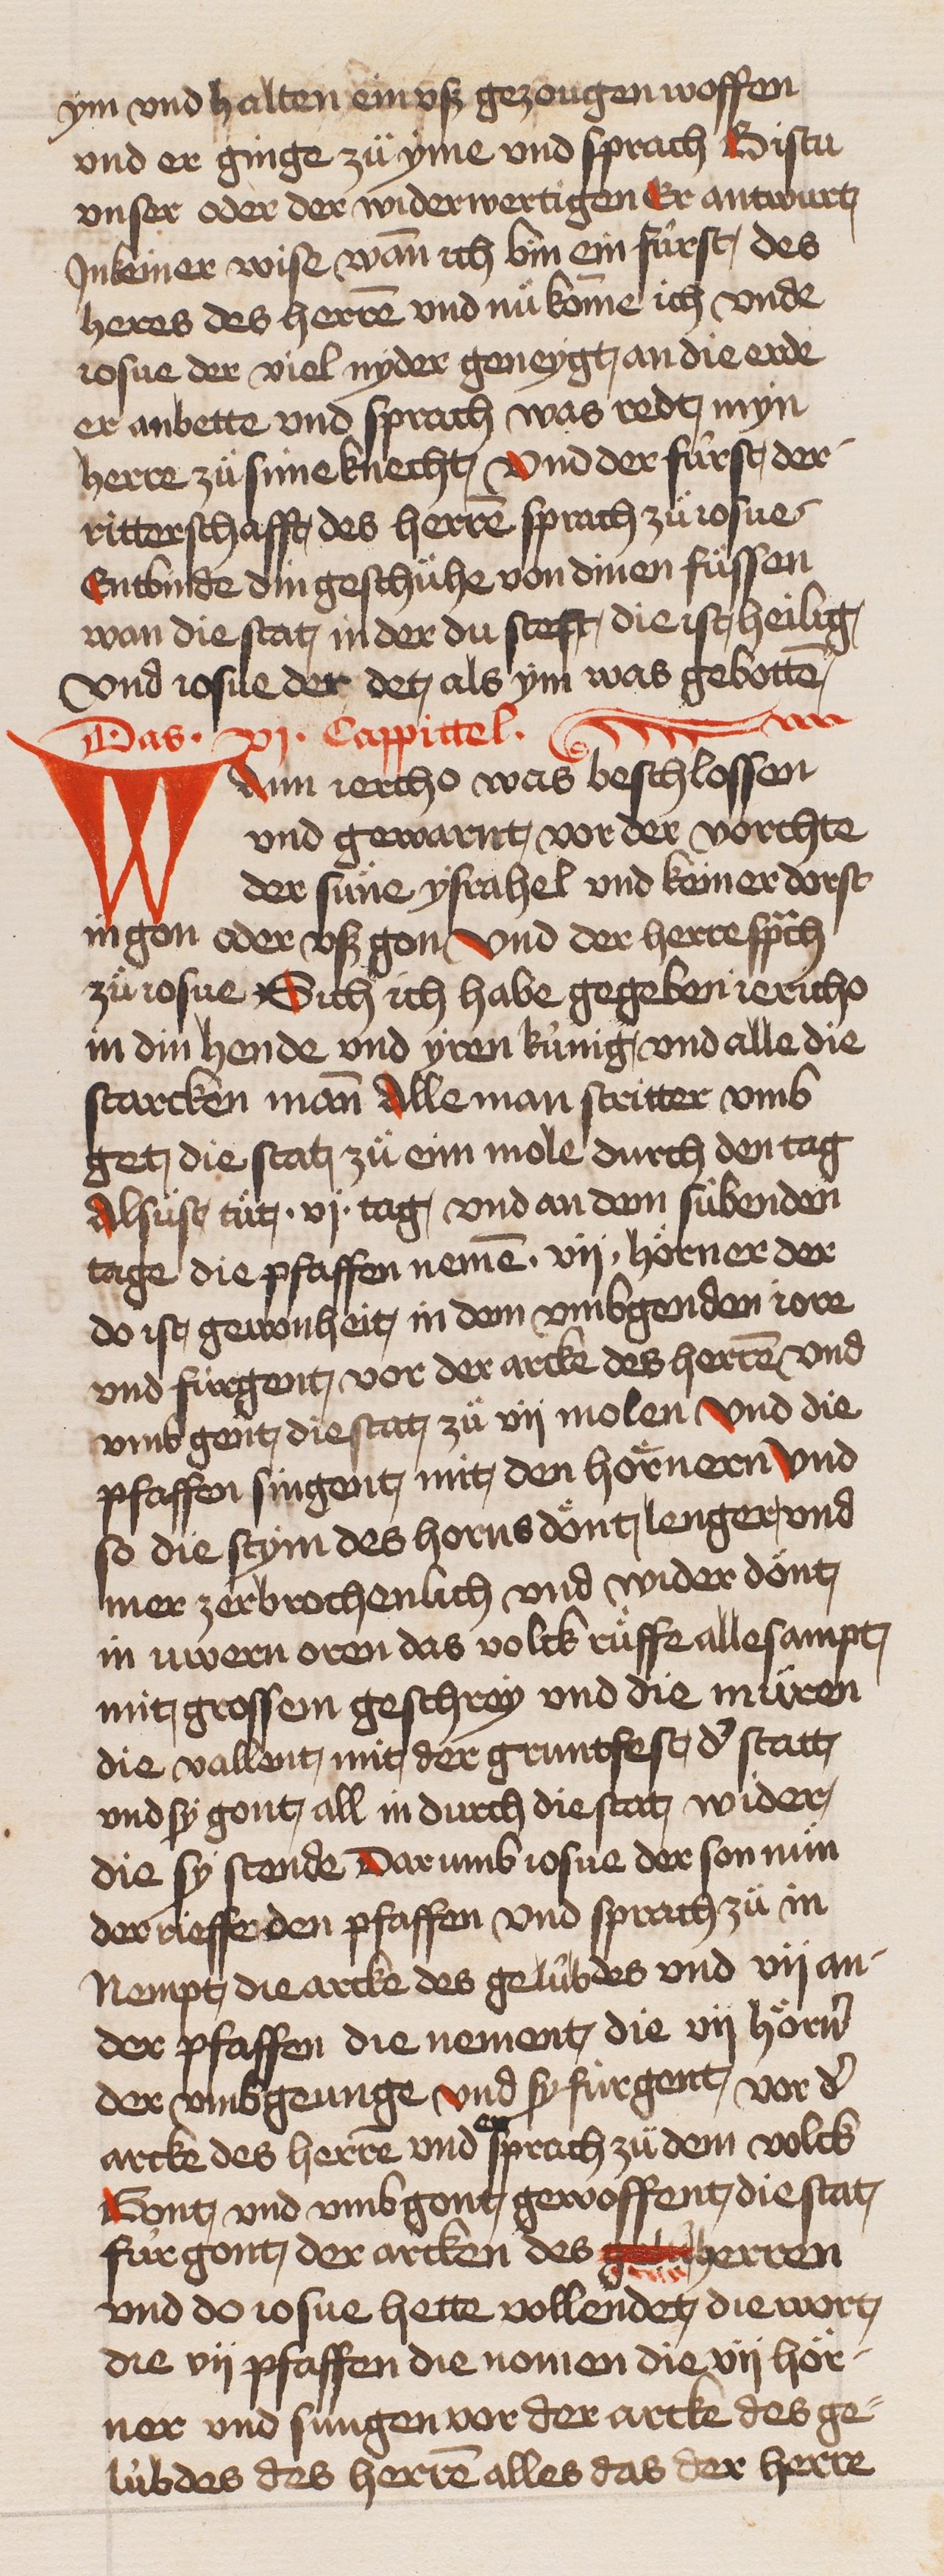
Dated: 1466–1499